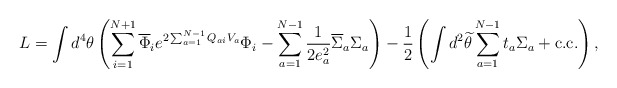
\begin{align*} L = \int d^4\theta \left( \sum_{i=1}^{N+1} \overline{\Phi}_i e^{2\sum_{a=1}^{N-1}Q_{ai}V_a}\Phi_i -\sum_{a=1}^{N-1}\frac{1}{2e_a^2}\overline{\Sigma}_a \Sigma_a \right) -\frac{1}{2}\left( \int d^2\widetilde{\theta} \sum_{a=1}^{N-1}t_a \Sigma_a + {\rm c.c.} \right),\end{align*}